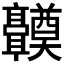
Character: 𬴤